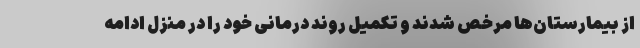
از بیمارستان‌ها مرخص شدند و تکمیل روند درمانی خود را در منزل ادامه